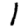
Digit: 1